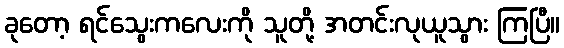
ခုတော့ ရင်သွေးကလေးကို သူတို့ အတင်းလုယူသွား ကြပြီ။